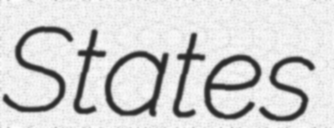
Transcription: States